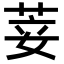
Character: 𦯺